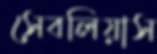
সেবলিয়াস